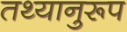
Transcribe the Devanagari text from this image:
तथ्यानुरूप